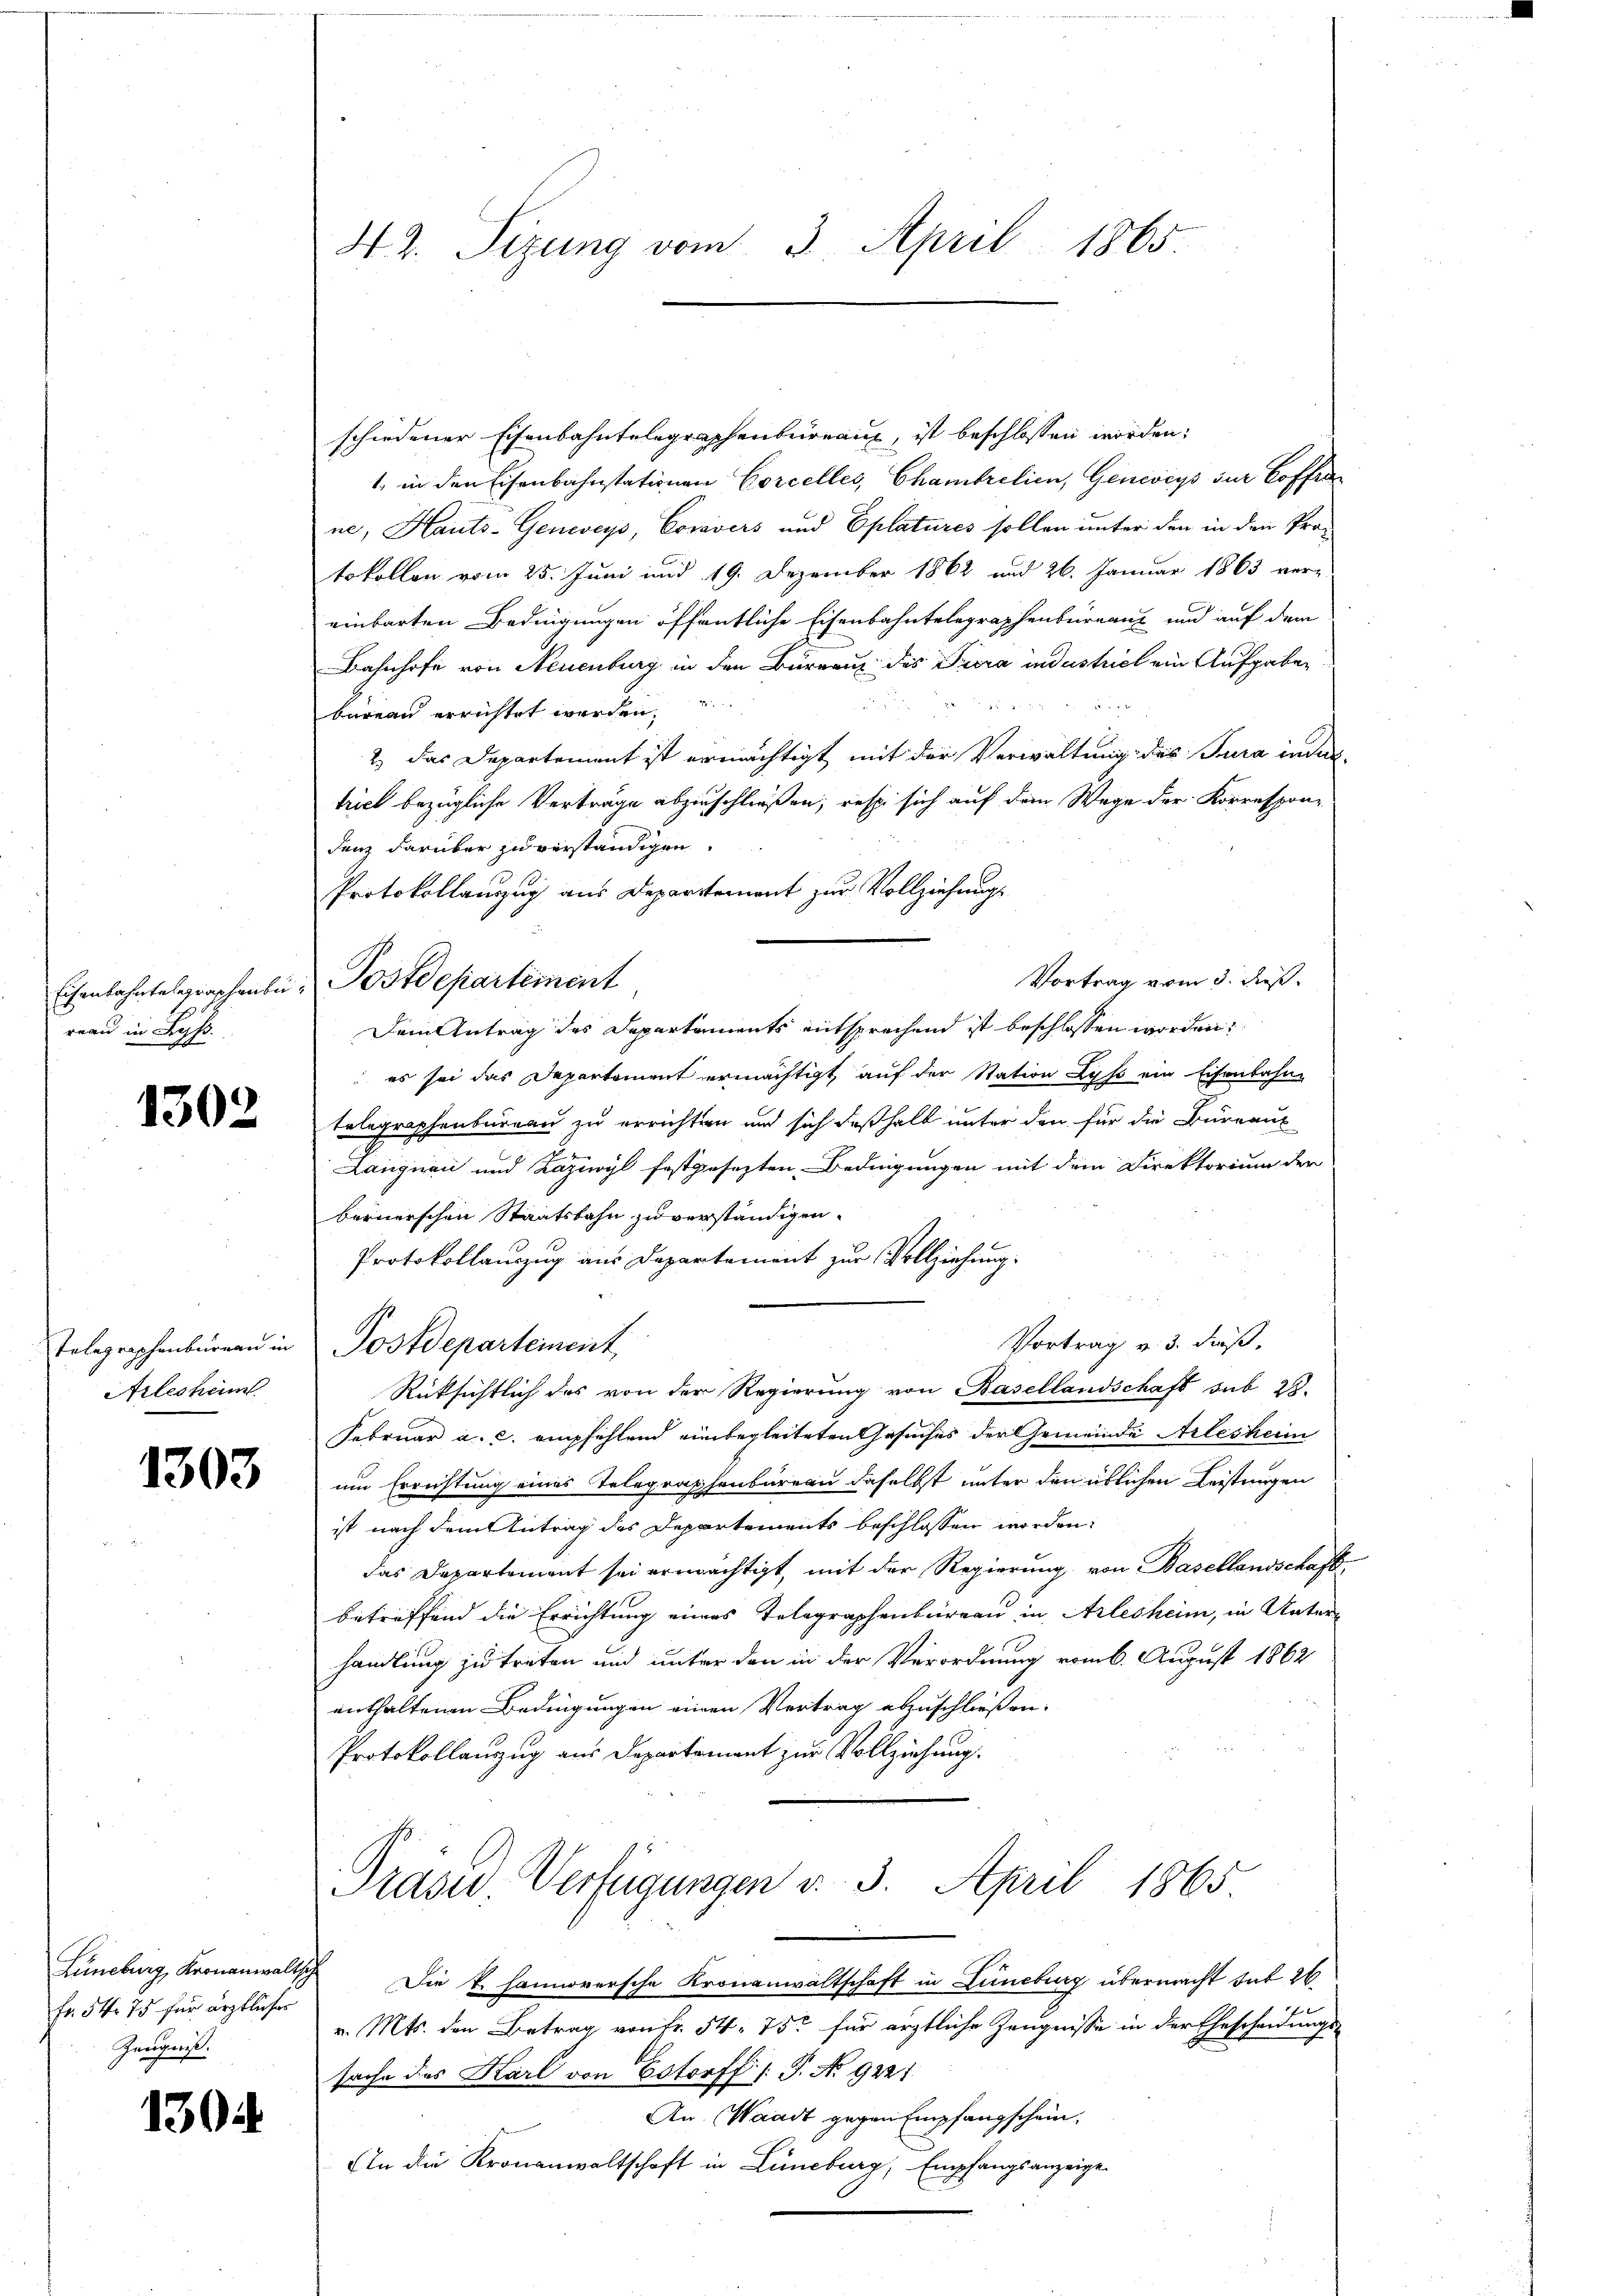
Eisenbahntelegraphenbi
reau in Bes

1302

Arlesheim

1303

Fr. 54. 75 für ärztlicher
Genszeigt.

1304

42. Sizung vom 3. April 1865.

schiedener Eisenbahntelegraphenbüreaux, ist beschlossen worden.
1. in den Eisenbahnstationen Corceller, Chambrelien, Genwegs sur Coffen
ne, Hauts-Genweys, Coravers und Eplatures sollen unter den in den Protokollen vom 25. Juni und 19. Dezember 1862 und 26. Januar 1863 ver-
einbarten Bedingungen öffentliche Eisenbahntelegraphenburranz und auf dem
Bahnhofe von Neuenburg in den Bureaux des Tiera industriel ein Aufgaben
bureau errichtet werden,
2.) Das Departement ist ermächtigt mit der Verwaltung des Jura indertriel bezügliche Verträge abzuschließen, resp. sich auf dem Wege der Korrespon-
denz darüber zu verständigen.
Protokollanzzug aus Departement zur Vollziehungs¬
Vortrag vom 3. dieß.
Dem Antrag des Departaments entsprochend ist beschlossen worden.
 es sei das Departement ermächtigt, auf der Station Lyss ein Eisenbahne
telegraphenbureau zu errichten und sich deßhalb unter den für die Bureaus
Langnau und Lazwyl festgesezten Bedingungen mit dem Direktorium der
bernerschen Staatsbahn zu verständigen.
Protokollauszug aus Departement zur Vollziehung.
Vortrag v. 3. dieß,
Telegraphenbüreau in Postdeparteinent,
Rücksichtlich des von der Regierung von Basellandschaft sub 28.
Februar a. c. empfehlend einbegleiteten Gesuches der Gemeinde Arlesheim
um Errichtung eines Telegraphenbureau daselbst unter den üblichen Leistungen
ist nach dem Antrag des Departements beschlossen worden:
das Departement sei ermächtigt, mit der Regierung, von Basellandschaft,
betreffend die Errichtung eines Telegraphenbureau in Arlesheim, in Unter-
handlung zu treten und unter den in der Verordnung vom 6. August 1862
enthaltenen Bedingungen einen Vertrag abzuschließen.
Protokollauzug aus Departement zur Vollziehung.
Präsid.. Verfügungen v. 3. April 1865
Lüneburg, Kronanwaltsch Die k. Hannoversche Kronanwaltschaft in Lüneburg übermacht dit 26.
v. Mts. den Betrag von Fr. 54. 75 für ärztliche Zeugnisse in der Ehescheidungs-
sache des Karl von Estorff /: P. No 9221.
An. Waadt gegen Empfangschein.
An die Kronanwaltschaft in Lüneburg, Empfangsanzeige

Postdepartement